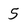
Character: 5